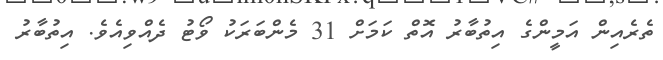
ތެރެއިން އަމީންގެ އިތުބާރު އޮތް ކަމަށް 31 މެންބަރަކު ވޯޓު ދެއްވިއެވެ. އިތުބާރު